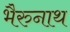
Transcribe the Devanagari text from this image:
भैरुनाथ